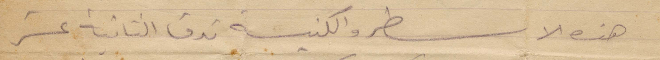
هذه الاسطر والكنيسة تدق الثانية عشر